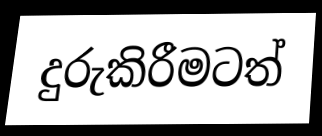
දුරුකිරීමටත්